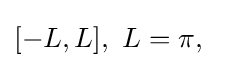
[-L,L],~L=\pi ,~